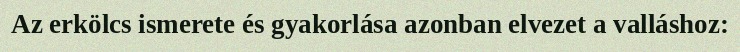
Az erkölcs ismerete és gyakorlása azonban elvezet a valláshoz: